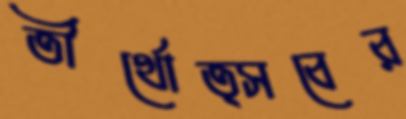
তীর্থোত্সবের